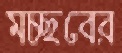
মচ্ছবের